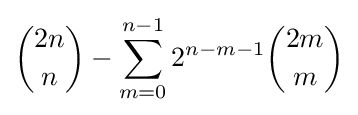
{\binom {2n}{n}}-\sum _{m=0}^{n-1}2^{n-m-1}{\binom {2m}{m}}